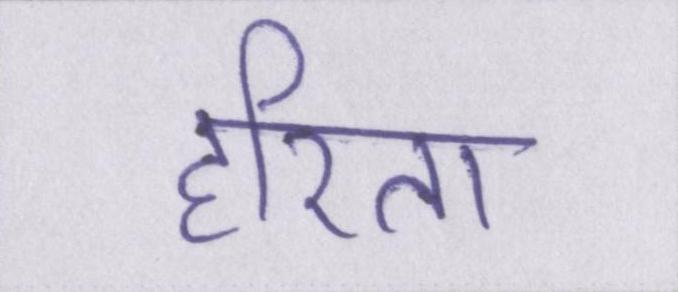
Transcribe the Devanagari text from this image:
हरिता